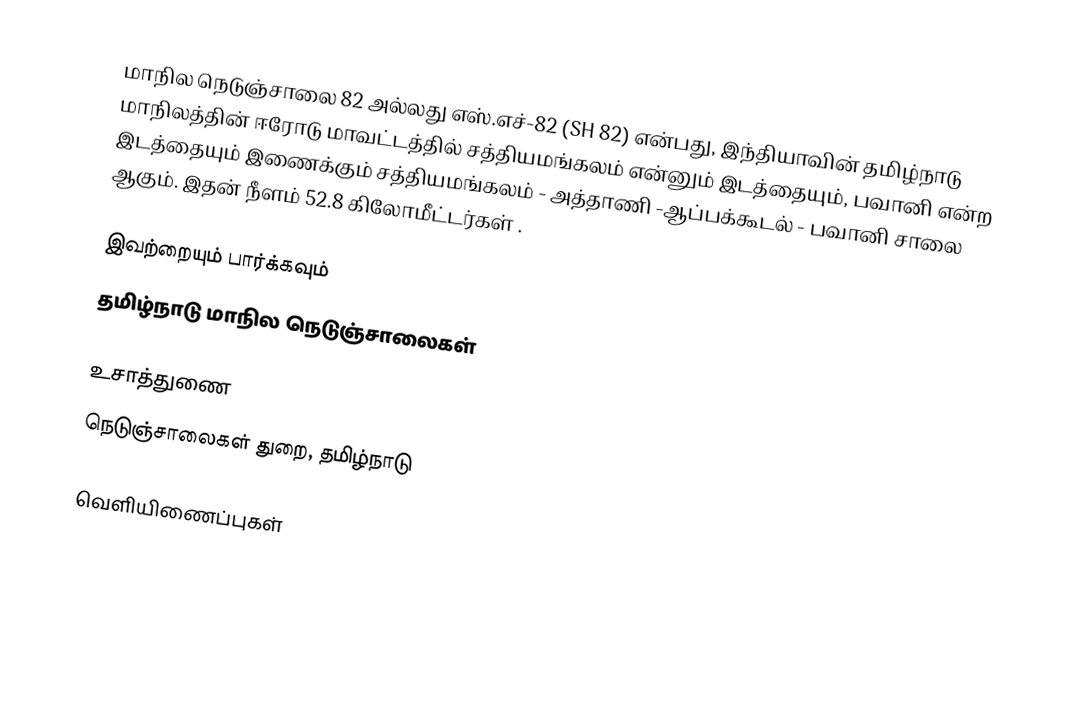
மாநில நெடுஞ்சாலை 82 அல்லது எஸ்.எச்-82 (SH 82) என்பது, இந்தியாவின் தமிழ்நாடு மாநிலத்தின் ஈரோடு மாவட்டத்தில் சத்தியமங்கலம் என்னும் இடத்தையும், பவானி என்ற இடத்தையும் இணைக்கும் சத்தியமங்கலம் - அத்தாணி -ஆப்பக்கூடல் - பவானி சாலை ஆகும். இதன் நீளம் 52.8  கிலோமீட்டர்கள் .

இவற்றையும் பார்க்கவும்
 தமிழ்நாடு மாநில நெடுஞ்சாலைகள்

உசாத்துணை
 நெடுஞ்சாலைகள் துறை, தமிழ்நாடு

வெளியிணைப்புகள்